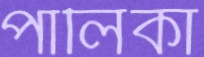
পালিকা